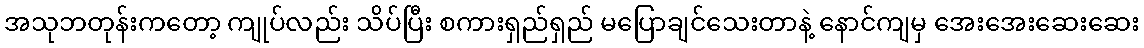
အသုဘတုန်းကတော့ ကျုပ်လည်း သိပ်ပြီး စကားရှည်ရှည် မပြောချင်သေးတာနဲ့ နောင်ကျမှ အေးအေးဆေးဆေး